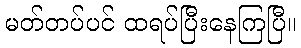
မတ်တပ်ပင် ထရပ်ပြီးနေကြပြီ။